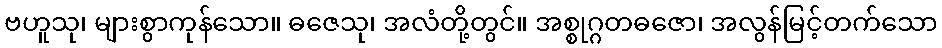
ဗဟူသု၊ များစွာကုန်သော။ ဓဇေသု၊ အလံတို့တွင်။ အစ္စုဂ္ဂတဓဇော၊ အလွန်မြင့်တက်သော